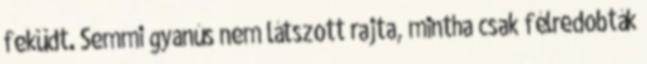
feküdt. Semmi gyanús nem látszott rajta, mintha csak félredobták